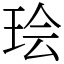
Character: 㻅